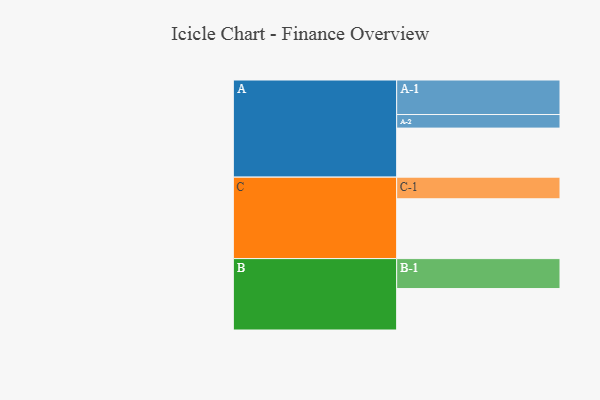
{"axis": {"x": "Segment", "y": "Value"}, "legend": ["", "A", "B", "C"], "data": [{"x": "A", "y": 419, "type": ""}, {"x": "B", "y": 354, "type": ""}, {"x": "C", "y": 511, "type": ""}, {"x": "A-1", "y": 295, "type": "A"}, {"x": "A-2", "y": 116, "type": "A"}, {"x": "B-1", "y": 256, "type": "B"}, {"x": "C-1", "y": 185, "type": "C"}]}